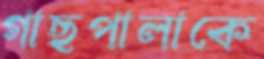
গাছপালাকে